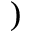
)